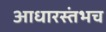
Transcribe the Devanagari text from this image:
आधारस्तंभच